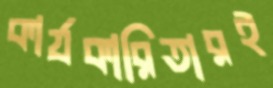
কার্যকারিতারই